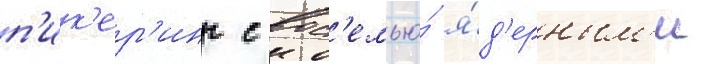
п'ик'ер'инг с вос'емью́ я́д'ерным'и